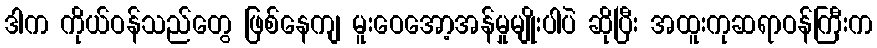
ဒါက ကိုယ်ဝန်သည်တွေ ဖြစ်နေကျ မူးဝေအော့အန်မှုမျိုးပါပဲ ဆိုပြီး အထူးကုဆရာဝန်ကြီးက